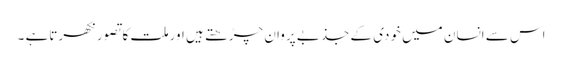
اس سے انسان میں خودی کے جذبے پروان چڑھتے ہیں اورملت کاتصورنکھرتاہے ۔